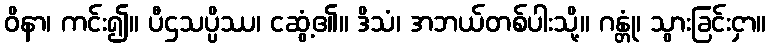
ဝိနာ၊ ကင်း၍။ ပီဌသပ္ပိဿ၊ ငဆွံ့၏။ ဒိသံ၊ အဘယ်တစ်ပါးသို့။ ဂန္တုံ၊ သွားခြင်းငှာ။